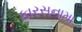
ફારસનામા